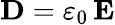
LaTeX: {\mathbf D}=\varepsilon_{0}\, {\mathbf E}